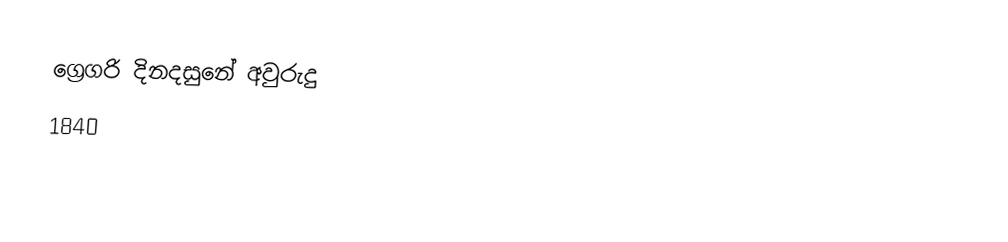
ග්‍රෙගරි දිනදසුනේ අවුරුදු
1840